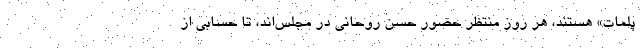
پلمات» هستند، هر روز منتظر حضور حسن روحانی در مجلس‌اند، تا حسابی از